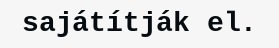
sajátítják el.